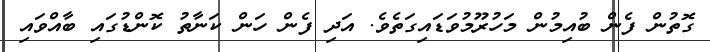
ގޮތުން ފެން ބުއިމުން މަހުރޫމުވަޑައިގަތެވެ. އަދި ފެން ހަން ކަނާތު ކޮންޑުގައި ބާއްވައި